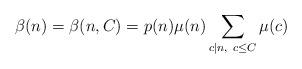
LaTeX: \begin{align*}\beta(n) = \beta(n, C) = p(n)\mu(n)\sum_{c|n,\ c\leq C}\mu(c)\end{align*}